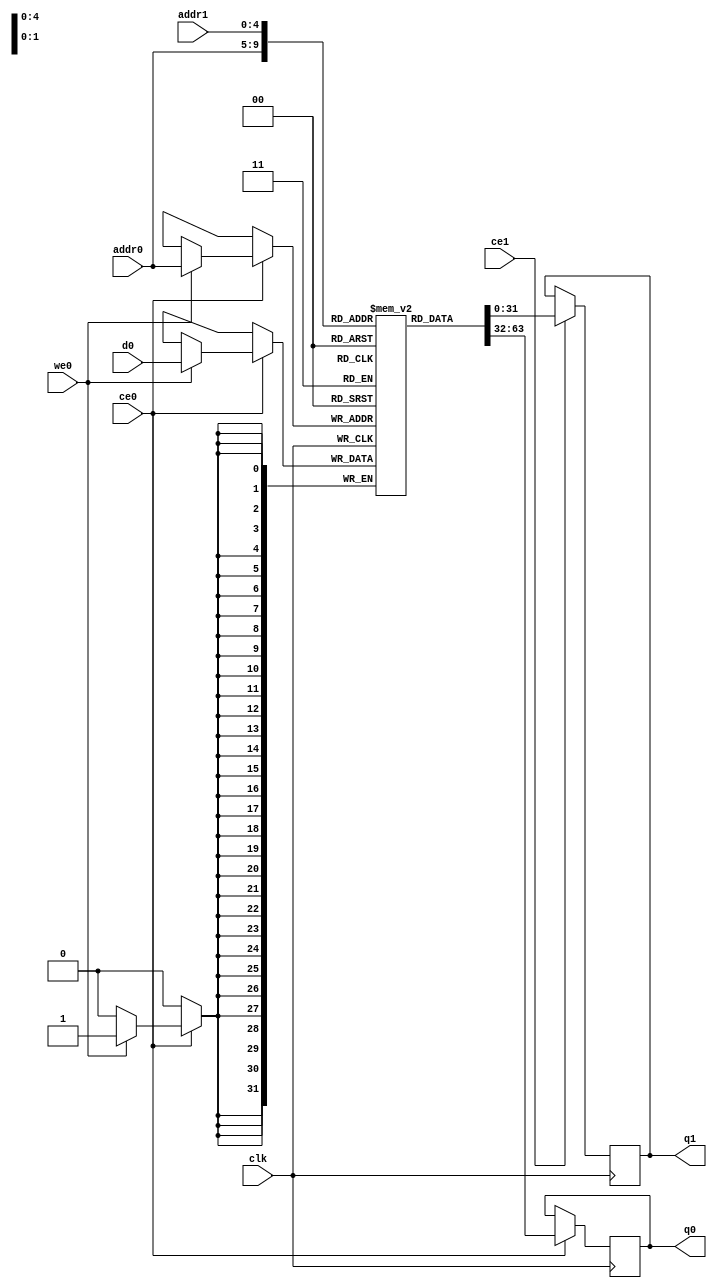
module AddRoundKey_Invercud_ram (addr0, ce0, d0, we0, q0, addr1, ce1, q1,  clk);

parameter DWIDTH = 32;
parameter AWIDTH = 5;
parameter MEM_SIZE = 32;

input[AWIDTH-1:0] addr0;
input ce0;
input[DWIDTH-1:0] d0;
input we0;
output reg[DWIDTH-1:0] q0;
input[AWIDTH-1:0] addr1;
input ce1;
output reg[DWIDTH-1:0] q1;
input clk;

(* ram_style = "block" *)reg [DWIDTH-1:0] ram[0:MEM_SIZE-1];




always @(posedge clk)  
begin 
    if (ce0) 
    begin
        if (we0) 
        begin 
            ram[addr0] <= d0; 
        end 
        q0 <= ram[addr0];
    end
end


always @(posedge clk)  
begin 
    if (ce1) 
    begin
        q1 <= ram[addr1];
    end
end


endmodule